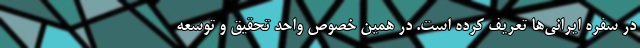
در سفره ایرانی‌ها تعریف کرده است. در همین خصوص واحد تحقیق و توسعه